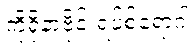
ကိုရိုနာဗိုင်းရပ်စ်ရောဂါ